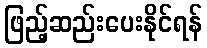
ဖြည့်ဆည်းပေးနိုင်ရန်